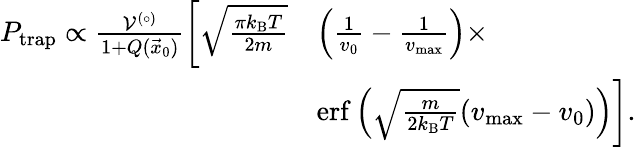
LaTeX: \begin{array}{rl}{P_{\textrm{trap}}\propto\frac{\mathcal{V}^{(\circ)}}{1+Q(\vec{x}_{0})}\bigg[\sqrt{\frac{\pi k_{\textrm{B}}T}{2m}}}&{\left(\frac{1}{v_{0}}-\frac{1}{v_{\textrm{max}}}\right)\times}\\ &{\mathrm{erf}\left(\sqrt{\frac{m}{2k_{\textrm{B}}T}}(v_{\textrm{max}}-v_{0})\right)\bigg].}\end{array}